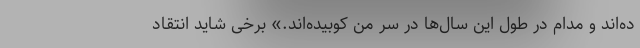
ده‌اند و مدام در طول این سال‌ها در سر من کوبیده‌اند.» برخی شاید انتقاد